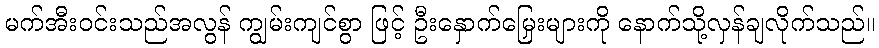
မက်အီးဝင်းသည်အလွန် ကျွမ်းကျင်စွာ ဖြင့် ဦးနှောက်မြှေးများကို နောက်သို့လှန်ချလိုက်သည်။